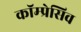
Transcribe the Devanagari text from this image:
कॉम्प्रेसिव